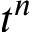
t ^ { n }